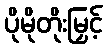
ပိုမိုတိုးမြှင့်